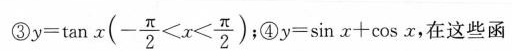
③ $$y = \tan x ( - \frac { π } { 2 } < x <